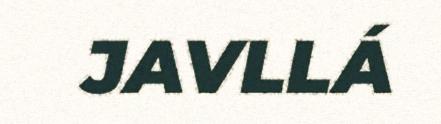
JAVLLÁ